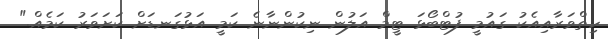
ހިތްވަރާއިއެކު ގައުމީ ފުޓްބޯޅަ ޓީމް އަލުން ނިކުންނާނެ ކަމީ އަޅުގަނޑަށް ކަށަވަރު ކަމެއް."